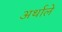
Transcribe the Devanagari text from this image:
अर्थाले